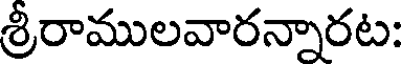
శ్రీరాములవారన్నారట: